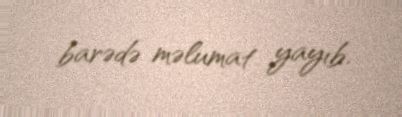
barədə məlumat yayıb.